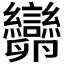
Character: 𠨫